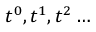
t ^ { 0 } , t ^ { 1 } , t ^ { 2 } \dots